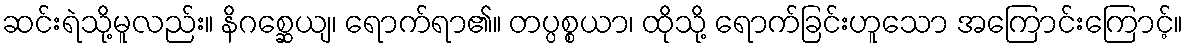
ဆင်းရဲသို့မူလည်း။ နိဂစ္ဆေယျ၊ ရောက်ရာ၏။ တပ္ပစ္စယာ၊ ထိုသို့ ရောက်ခြင်းဟူသော အကြောင်းကြောင့်။